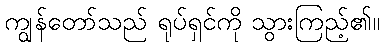
ကျွန်တော်သည် ရုပ်ရှင်ကို သွားကြည့်၏။